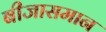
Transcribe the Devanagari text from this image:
बीजासमान